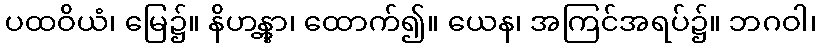
ပထဝိယံ၊ မြေ၌။ နိဟန္တွာ၊ ထောက်၍။ ယေန၊ အကြင်အရပ်၌။ ဘဂဝါ၊